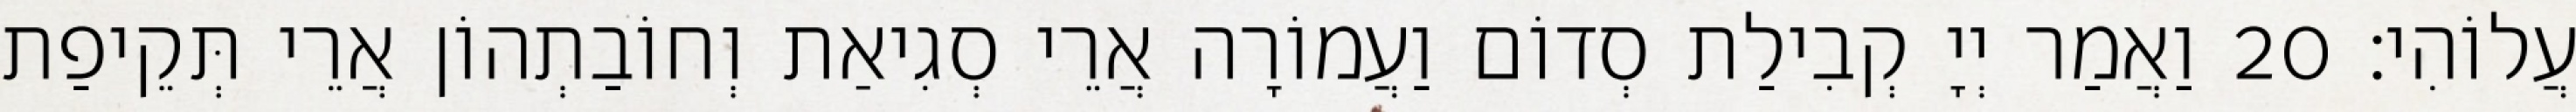
עֲלוֹהִי׃ 20 וַאֲמַר יְיָ קְבִילַת סְדוֹם וַעֲמוֹרָה אֲרֵי סְגִיאַת וְחוֹבַתְהוֹן אֲרֵי תְּקֵיפַת